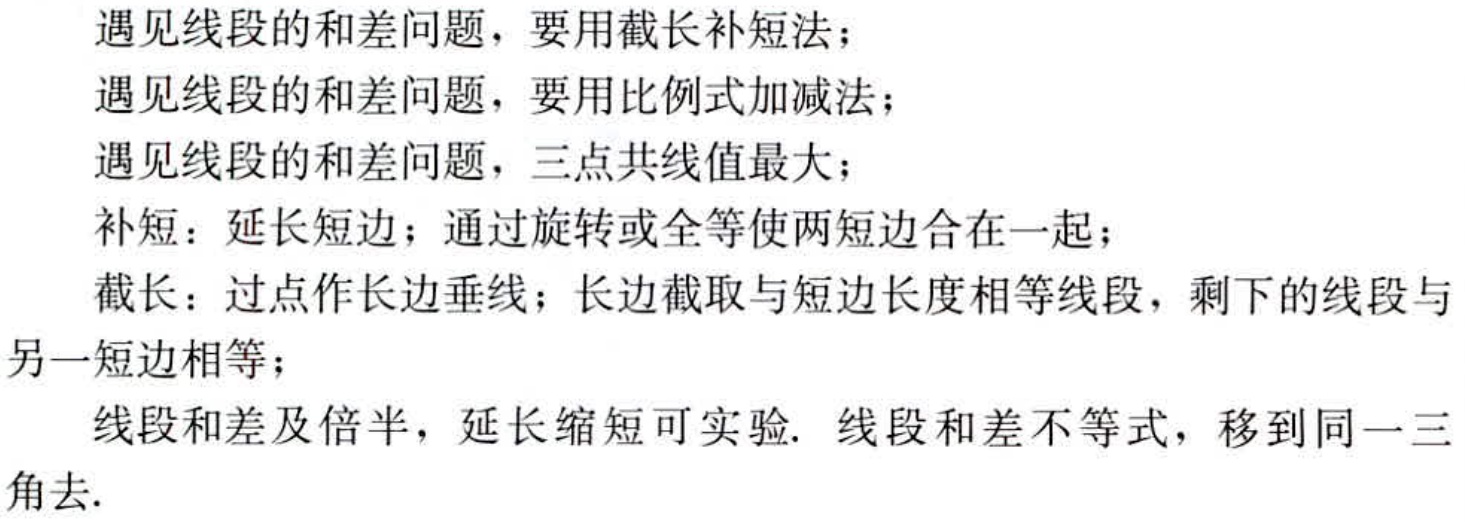
遇见线段的和差问题，要用截长补短法；
遇见线段的和差问题，要用比例式加减法；
遇见线段的和差问题，三点共线值最大；
补短：延长短边；通过旋转或全等使两短边合在一起；
截长：过点作长边垂线；长边截取与短边长度相等线段，剩下的线段与另一短边相等；
线段和差及倍半，延长缩短可实验. 线段和差不等式，移到同一三角去.